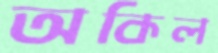
অকিল